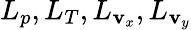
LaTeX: L_{p},L_{T},L_{\mathbf{v}_{x}},L_{\mathbf{v}_{y}}